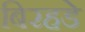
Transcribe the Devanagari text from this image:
बिरहडे